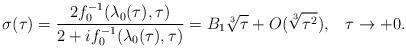
LaTeX: \begin{align*}\sigma(\tau)=\frac{2f_0^{-1}(\lambda_0(\tau),\tau)}{2+if_0^{-1}(\lambda_0(\tau),\tau)}=B_1\root3\of{\tau}+O(\root3\of{\tau^2}),\;\;\;\tau\to+0. \end{align*}